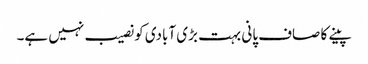
پینے کا صاف پانی بہت بڑی آبادی کو نصیب نہیں ہے۔